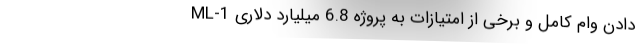
دادن وام کامل و برخی از امتیازات به پروژه 6.8 میلیارد دلاری ML-1